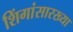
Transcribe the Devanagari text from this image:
शिंगांसारख्या